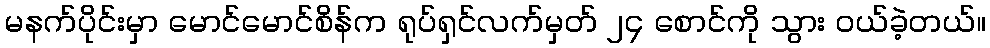
မနက်ပိုင်းမှာ မောင်မောင်စိန်က ရုပ်ရှင်လက်မှတ် ၂၄ စောင်ကို သွား ဝယ်ခဲ့တယ်။